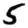
Digit: 5